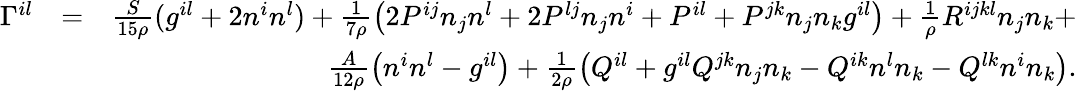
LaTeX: \begin{array}{rlr}{\Gamma^{il}}&{=}&{\frac{S}{15\rho}(g^{il}+2n^{i}n^{l})+\frac 1{7\rho}\left(2P^{ij}n_{j}n^{l}+2P^{lj}n_{j}n^{i}+P^{il}+P^{jk}n_{j}n_{k}g^{il}\right)+\frac 1\rho R^{ijkl}n_{j}n_{k}+}\\ &{}&{\frac{A}{12\rho}\left(n^{i}n^{l}-g^{il}\right)+\frac 1{2\rho}\left(Q^{il}+g^{il}Q^{jk}n_{j}n_{k}-Q^{ik}n^{l}n_{k}-Q^{lk}n^{i}n_{k}\right).}\end{array}